Lunatic asylums Central Provinces reports 1886-1894 - 1886-1894
Year: 1886
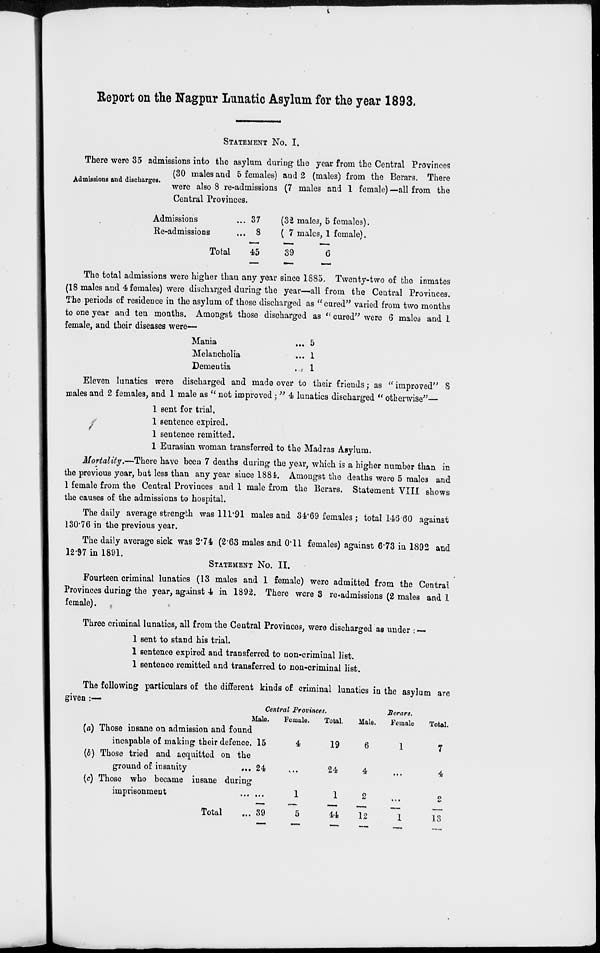
Report on the Nagpur Lunatic Asylum for the year 1893.
STATEMENT No. I.
Admission and Discharges.
There were 35 admissions into the asylum during the year from the Central Provinces
(30 males and 5 females) and 2 (males) from the Berars. There
were also 8 re-admissions (7 males and 1 female) —all from the
Central Provinces.
Admissions
Re-admissions
Total
37
8
45
(32 males, 5 females).
( 7 males, 1 female).
39
6
The total admissions were higher than any year since 1885. Twenty-two of the inmates
(18 males and 4 females) were discharged during the year—all from the Central Provinces.
The periods of residence in the asylum of those discharged as " cured" varied from two months
to one year and ten months. Amongst those discharged as " cured" were 6 males and 1
female, and their diseases were—
Mania...
Melancholia...
Dementia
...
5
1
1
Eleven lunatics were discharged and made over to their friends; as " improved" 8
males and 2 females, and 1 male as '' not improved; " 4 lunatics discharged " otherwise"—
1 sent for trial,
1 sentence expired.
1 sentence remitted.
1 Eurasian woman transferred to the Madras Asylum.
Mortality.—There have been 7 deaths during the year, which is a higher number than in
the previous year, but less than any year since 1884. Amongst the deaths were 5 males and
1 female from the Central Provinces and 1 male from the Berars. Statement VIII shows
the causes of the admissions to hospital.
The daily average strength was 111.91 males and 34.69 females; total 146.60 against
130.76 in the previous year.
The daily average sick was 2.74 (2.63 males and 0.11 females) against 6.73 in 1892 and
12.97 in 1891.
STATEMENT No. II.
Fourteen criminal lunatics (13 males and 1 female) were admitted from the Central
Provinces during the year, against 4 in 1892. There were 3 re-admissions (2 males and 1
female).
Three criminal lunatics, all from the Central Provinces, were discharged as under : —
1 sent to stand his trial.
1 sentence expired and transferred to non-criminal list.
1 sentence remitted and transferred to non-criminal list.
The following particulars of the different kinds of criminal lunatics in the asylum are
given :—
(a)
(b)
(c)
Those insane on admission and found
incapable of making their defence.
Those tried and acquitted on the
ground of insanity
...
Those who became insane during
imprisonment
Total ...
Central Provinces.
Male.
15
24
...
39
Female.
4
...
1
5
Total.
19
24
1
44
Berars.
Male.
6
4
2
12
Female
1
...
...
1
Total.
7
4
2
13